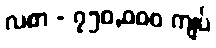
လစာ - ၇၅၀,၀၀၀ ကျပ်